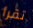
تقرأ